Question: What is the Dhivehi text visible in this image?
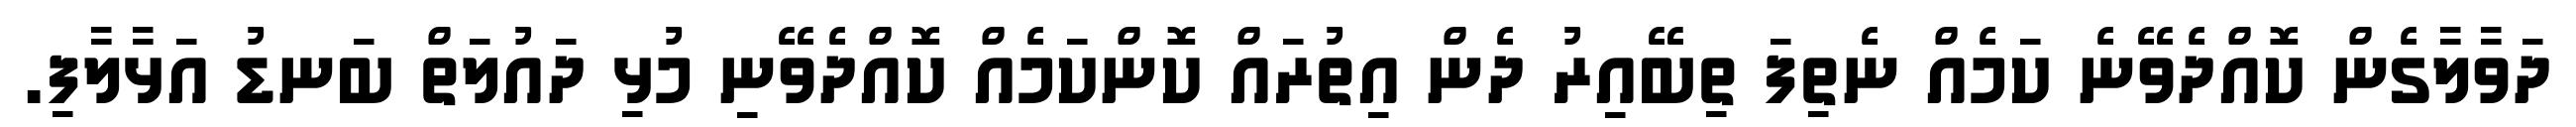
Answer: ދަވާލާގެން ކޮއްދެވޭނެ ކަމެއް ނެތިފަ ތިބޭއިރު ދެން އިތުރައް ކޮންކަމެއް ކޮއްދެވޭނި މުޅި ދައުލަތް ބަނޑު އަޅާލާފި.